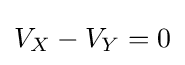
V_{X}-V_{Y}=0